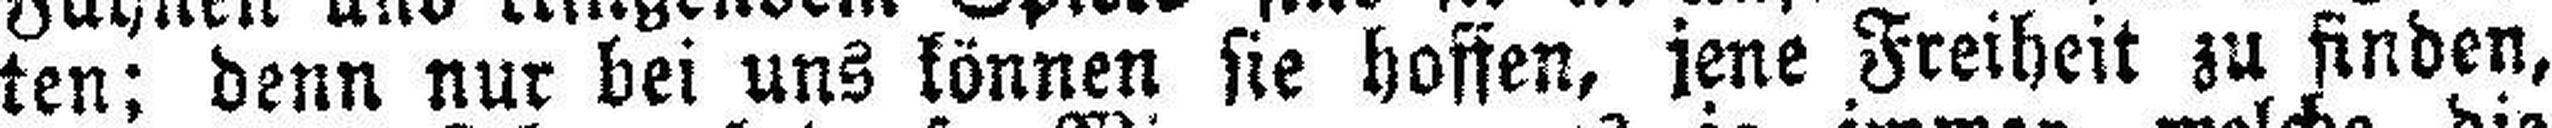
ten; denn nur bei uns können sie hoffen, jene Freiheit zu finden,